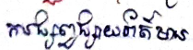
ការផ្សព្វផ្សាយព័ត៌មាន